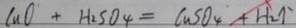
C u O + H _ { 2 } S O _ { 4 } = C u S O _ { 4 } + H _ { 2 } \uparrow